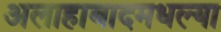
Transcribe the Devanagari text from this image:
अलाहाबादमधल्या